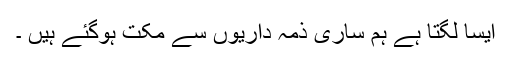
ایسا لگتا ہے ہم ساری ذمہ داریوں سے مکت ہوگئے ہیں ۔